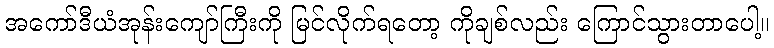
အကော်ဒီယံအုန်းကျော်ကြီးကို မြင်လိုက်ရတော့ ကိုချစ်လည်း ကြောင်သွားတာပေါ့။